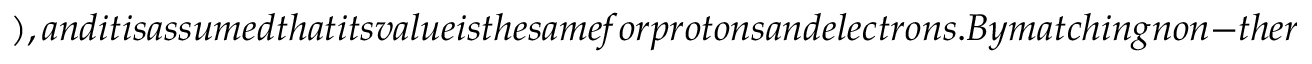
) , a n d i t i s a s s u m e d t h a t i t s v a l u e i s t h e s a m e f o r p r o t o n s a n d e l e c t r o n s . B y m a t c h i n g n o n - t h e r m a l p o w e r - l a w t o M a x w e l l d i s t r i b u t i o n B l a s i e t a l . r e l a t e d i n j e c t i o n p a r a m e t e r